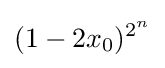
(1-2x_{0})^{2^{n}}